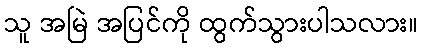
သူ အမြဲ အပြင်ကို ထွက်သွားပါသလား။